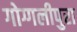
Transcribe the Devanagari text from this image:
गोग्गलीपुरा